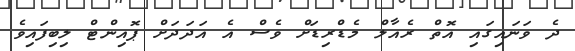
ދެ ވަނައިގައި އޮތް ރެއާލް މެޑްރިޑަށް ވެސް އެ އަދަދަށް ޕޮއިންޓް ލިބިފައިވެ